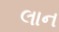
લાન